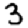
Digit: 3